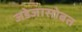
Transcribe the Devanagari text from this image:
जडेजासोबत